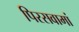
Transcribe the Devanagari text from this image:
पिरसवामां